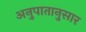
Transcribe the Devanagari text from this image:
अनुपातानुसार